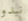
نبدو